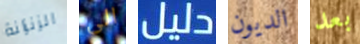
الزنزانة الى دليل الديون بعد